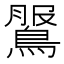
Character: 𪂖